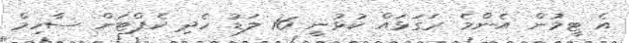
އެ ޓީމުން އެންމެ ރަގަޅައް ކުޅުނީ 16 ލަޑު ހެދި ކެޕްޓަން ސާހިމް